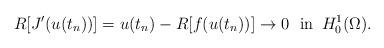
LaTeX: \begin{align*}R[J'(u(t_n))]=u(t_n)-R[f(u(t_n))]\to 0\ \ \mathrm{in}\ \,H_0^1(\Omega).\end{align*}